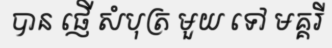
បាន ផ្ញើ សំបុត្រ មួយ ទៅ មគ្គរី